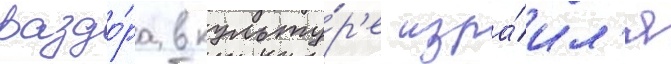
раздо́ра в культу́р'е изра́ил'я